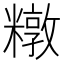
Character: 𰫑